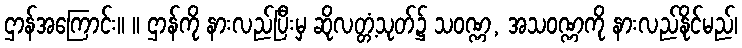
ဌာန်အကြောင်း။ ။ ဌာန်ကို နားလည်ပြီးမှ ဆိုလတ္တံ့သုတ်၌ သဝဏ္ဏ, အသဝဏ္ဏကို နားလည်နိုင်မည်၊